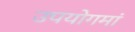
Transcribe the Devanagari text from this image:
उपयोगमां